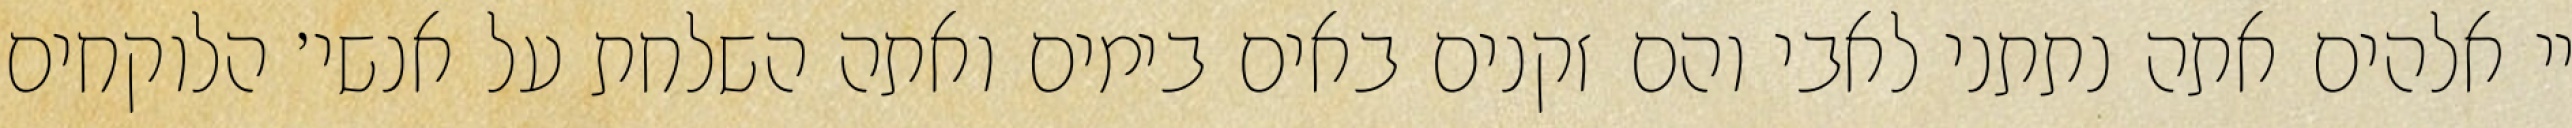
יי אלהים אתה נתתני לאבי והם זקנים באים בימים ואתה השלחת על אנשי׳ הלוקחים